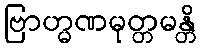
ဗြာဟ္မဏမုတ္တမန္တိ